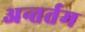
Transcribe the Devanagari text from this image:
अन्तर्तम